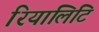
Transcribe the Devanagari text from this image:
रियालिटि